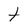
Character: t